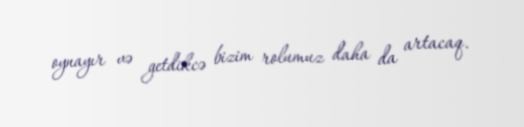
oynayır və getdikcə bizim rolumuz daha da artacaq.